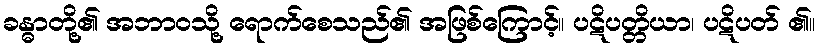
ခန္ဓာတို့၏ အဘာဝသို့ ရောက်စေသည်၏ အဖြစ်ကြောင့်။ ပဋိပတ္တိယာ၊ ပဋိပတ် ၏။